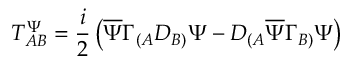
T _ { A B } ^ { \Psi } = \frac { i } { 2 } \left( \overline { { \Psi } } \Gamma _ { ( A } D _ { B ) } \Psi - D _ { ( A } \overline { { \Psi } } \Gamma _ { B ) } \Psi \right)